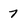
Character: 7